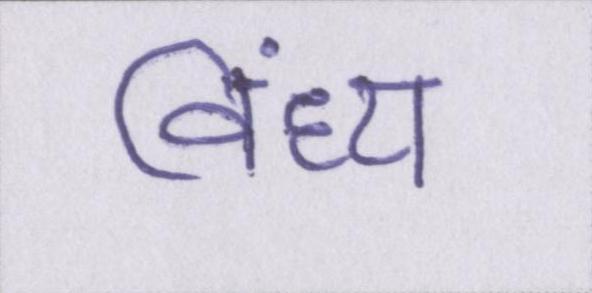
विंध्य